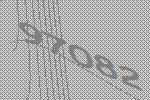
97082